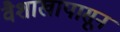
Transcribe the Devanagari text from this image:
वैशाखापासून